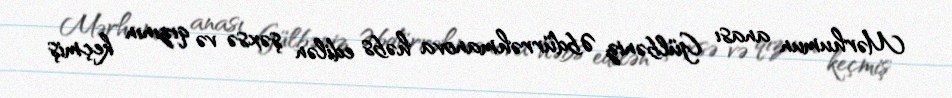
Mərhumun anası Gülbəniz Əbdürrəhmanova həbs edilən şəxsə və qızının keçmiş